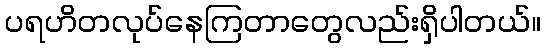
ပရဟိတလုပ်နေကြတာတွေလည်းရှိပါတယ်။